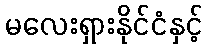
မလေးရှားနိုင်ငံနှင့်